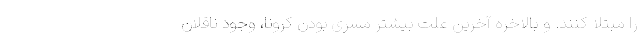
را مبتلا کنند. و بالاخره آخرین علت بیشتر مسری بودن کرونا، وجود ناقلان